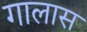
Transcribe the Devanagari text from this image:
गालास